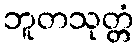
ဘူတသုတ္တံ